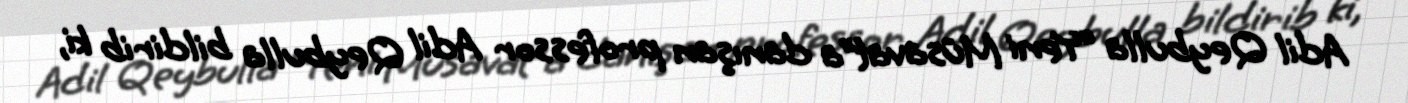
Adil Qeybulla “Yeni Müsavat”a danışan professor Adil Qeybulla bildirib ki,